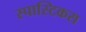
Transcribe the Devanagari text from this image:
स्पास्टिकस